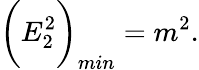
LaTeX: \bigg(E_{2}^{2}\bigg)_{min}=m^{2}.